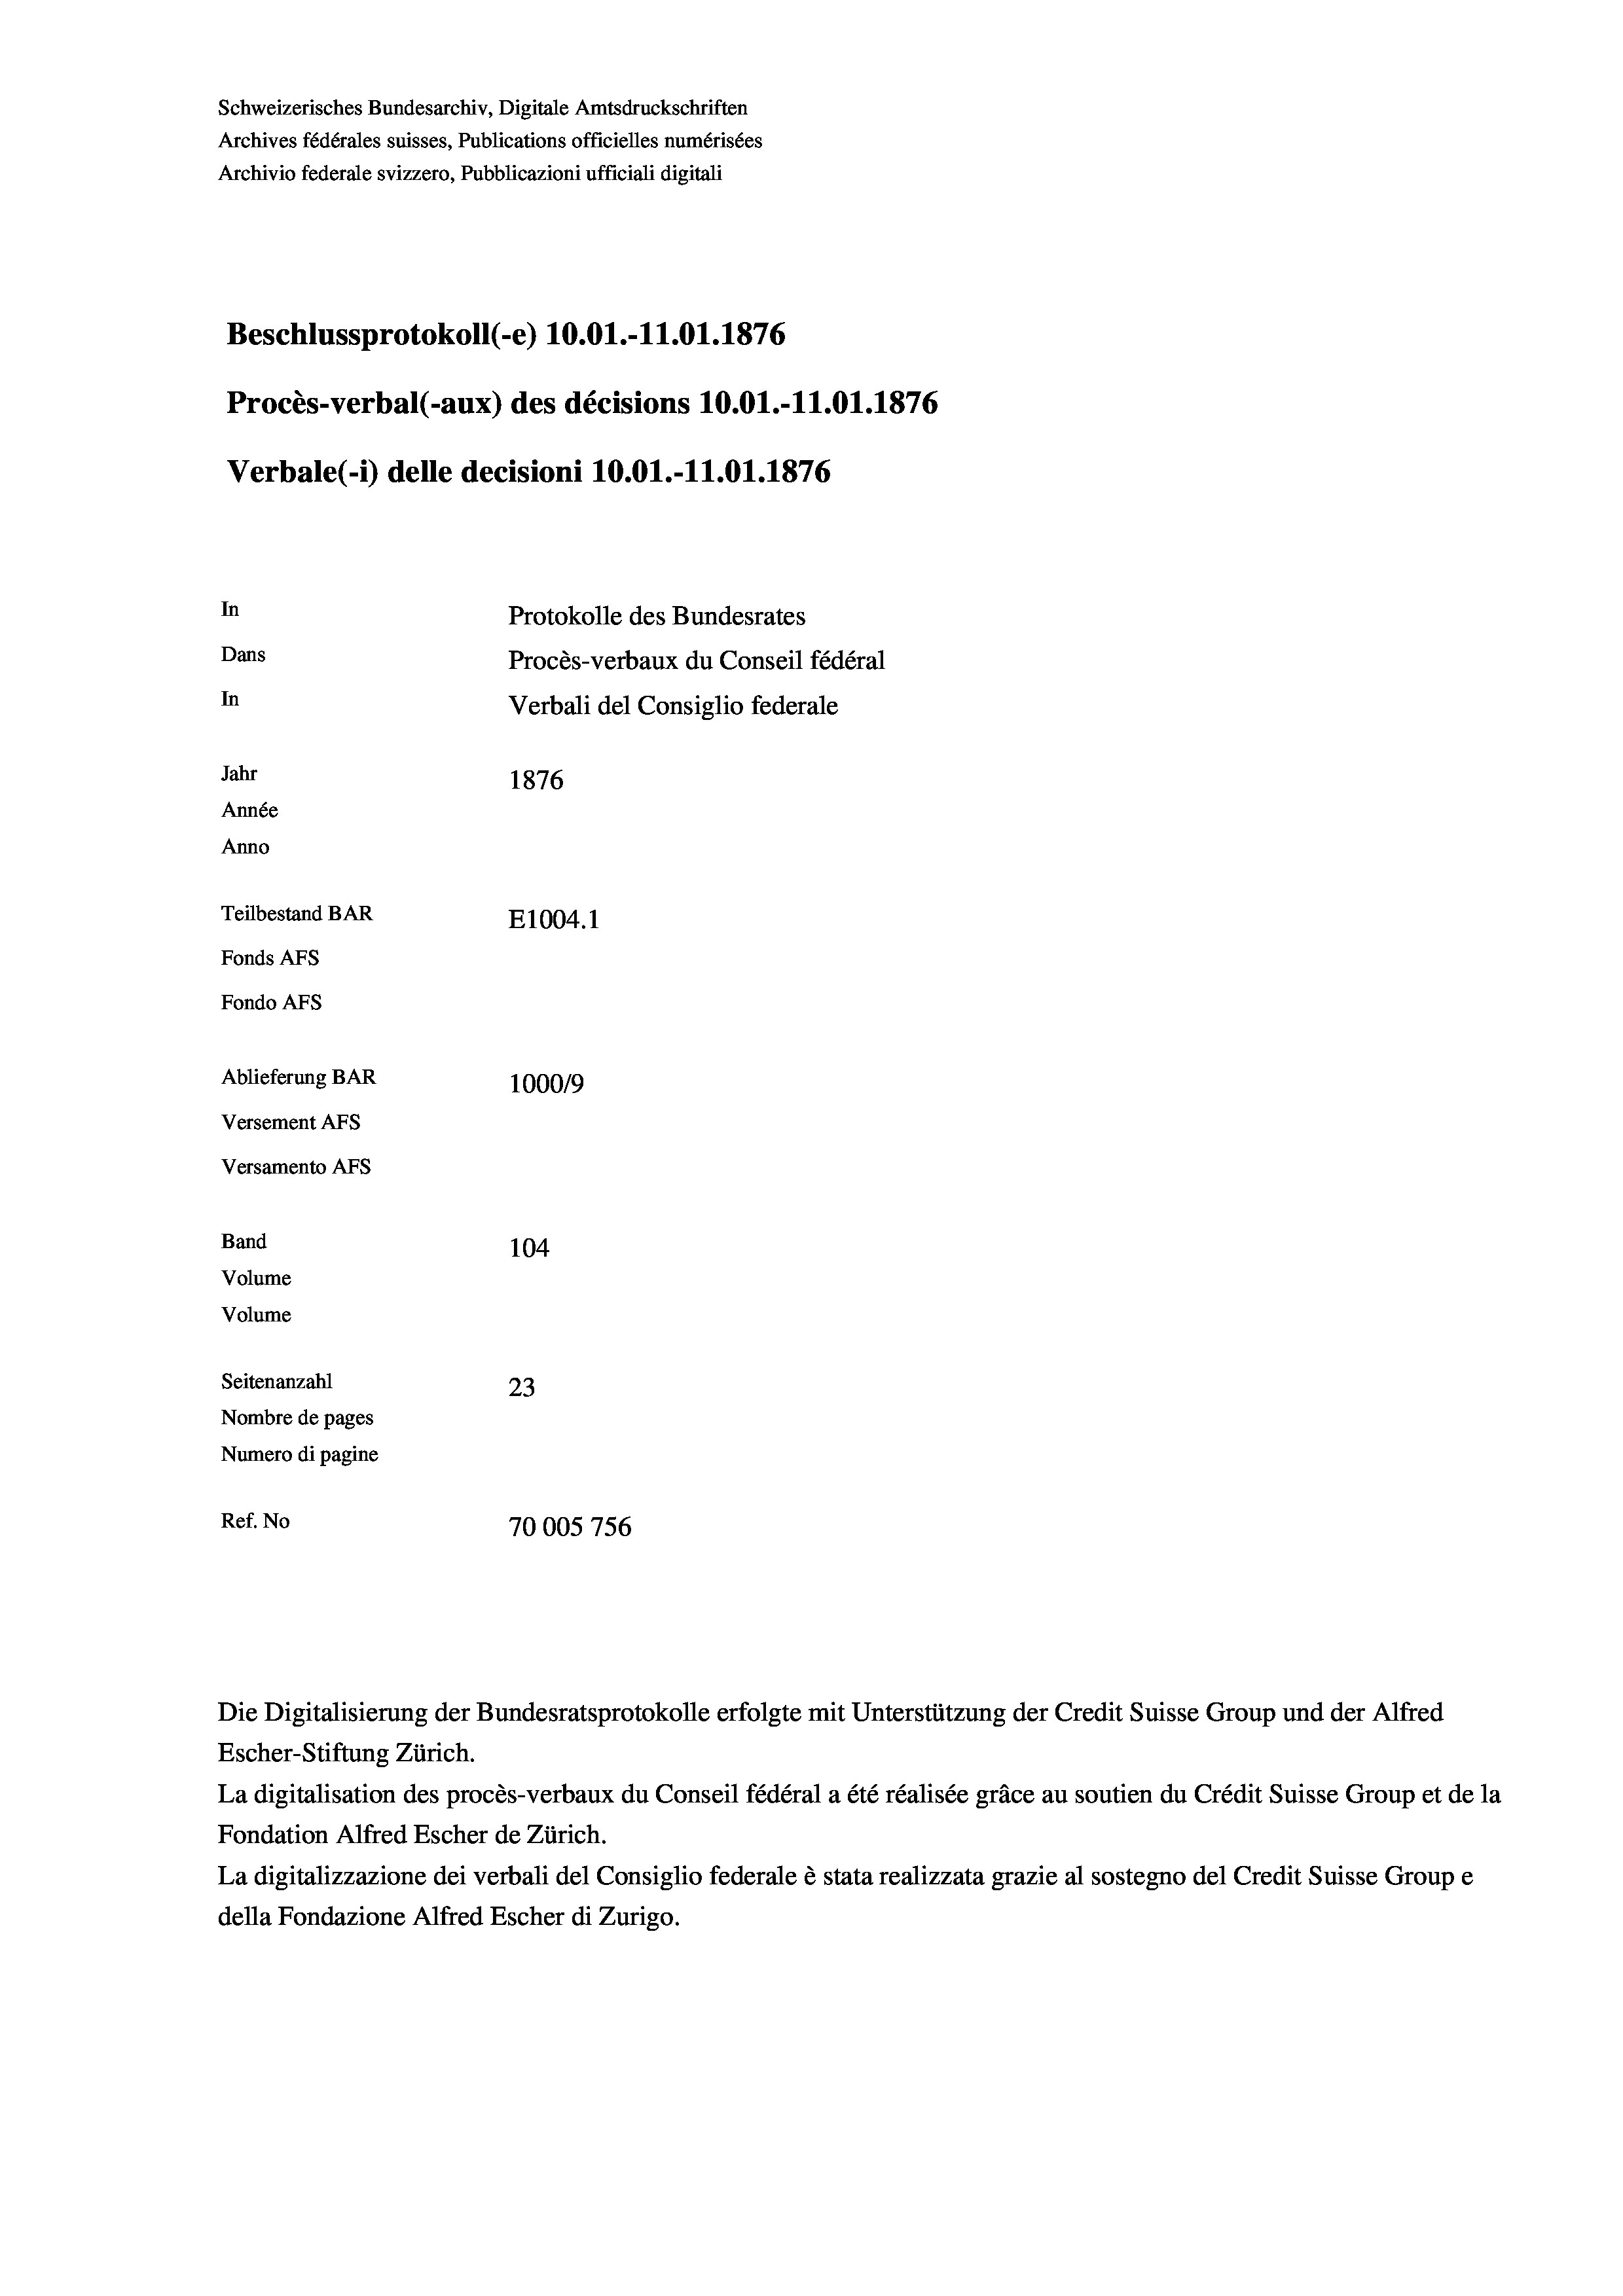
Schweizerisches Bundesarchiv, Digitale Amtsdruckschriften
Archives fédérales suisses, Publications officielles numérisées
Archivio federale svizzero, Pubblicazioni ufficiali digitali
Beschlussprotokoll (-e) 10.01.-11.01. 1876
Procès-verbal (-aux) des décisions 10.01.-11.01. 1876
Verbale(*) delle decisioni 10.01.-11.01. 1876
In
Protokolle des Bundesrates
Dans
Procès-verbaux du Conseil fédéral
In
Verbali del Consiglio federale
Jahr
1876
Année
Anno
Teilbestand BAR
E1004.1
Fonds AFs
Fondo Afs
Ablieferung BAR
100019
Versement AFs
Versamento Afs
Band
104
Volume
Volume
Seitenanzahl
23
Nombre de pages
Numero di pagine
Ref. No
70005756

Escher-Stiftung Zürich.
La digitalisation des procès-verbaux du Conseil fédéral a été réalisée gräce au soutien du Crédit Suisse Group et de la
Fondation Alfred Escher de Zürich.
La digitalizzazione dei verbali del Consiglio federale è stata realizzata grazie al sostegno del Credit Suisse Groupe
della Fondazione Alfred Escher di Zurigo.

Die Digitalisierung der Bundesratsprotokolle erfolgte mit Unterstützung der Credit Suisse Group und der Alfred